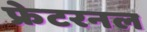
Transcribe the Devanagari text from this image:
फ्रेटरनल